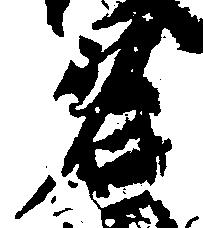
名